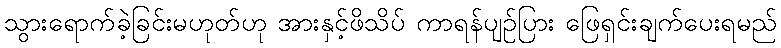
သွားရောက်ခဲ့ခြင်းမဟုတ်ဟု အားနှင့်ဖိသိပ် ကာရန်ပျဉ်ပြား ဖြေရှင်းချက်ပေးရမည်